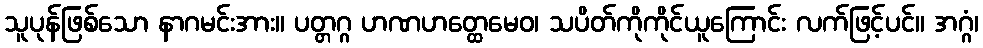
သူပုန်ဖြစ်သော နာဂမင်းအား။ ပတ္တဂ္ဂ ဟဏဟတ္ထေမေဝ၊ သပိတ်ကိုကိုင်ယူကြောင်း လက်ဖြင့်ပင်။ အဂ္ဂံ၊